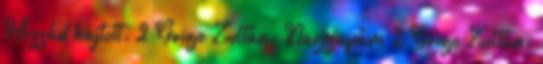
Hozzád hajtott. 2 Grigo Zoltán: Nagyapám 2 Grigo Zoltán: